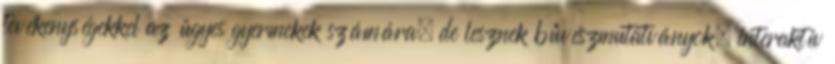
tevékenységekkel az ügyes gyermekek számára, de lesznek bűvészmutatványok, interaktív